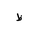
Letter: _za